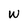
Character: W